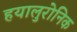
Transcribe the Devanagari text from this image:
हयालुरोनिक